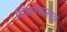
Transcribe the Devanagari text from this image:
शिक्षणशास्त्रज्ञ